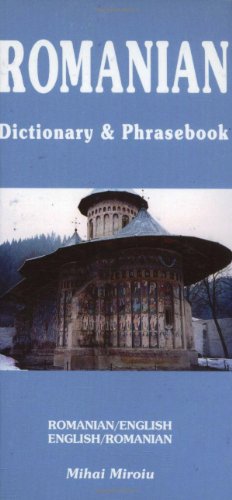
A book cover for Romanian English, English Romanian: Dictionary & Phrasebook (Hippocrene Dictionary & Phrasebooks); Mihai Miroiu; Travel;